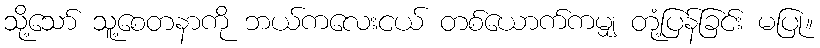
သို့သော် သူ့စေတနာကို ဘယ်ကလေးငယ် တစ်ယောက်ကမျှ တုံ့ပြန်ခြင်း မပြု။